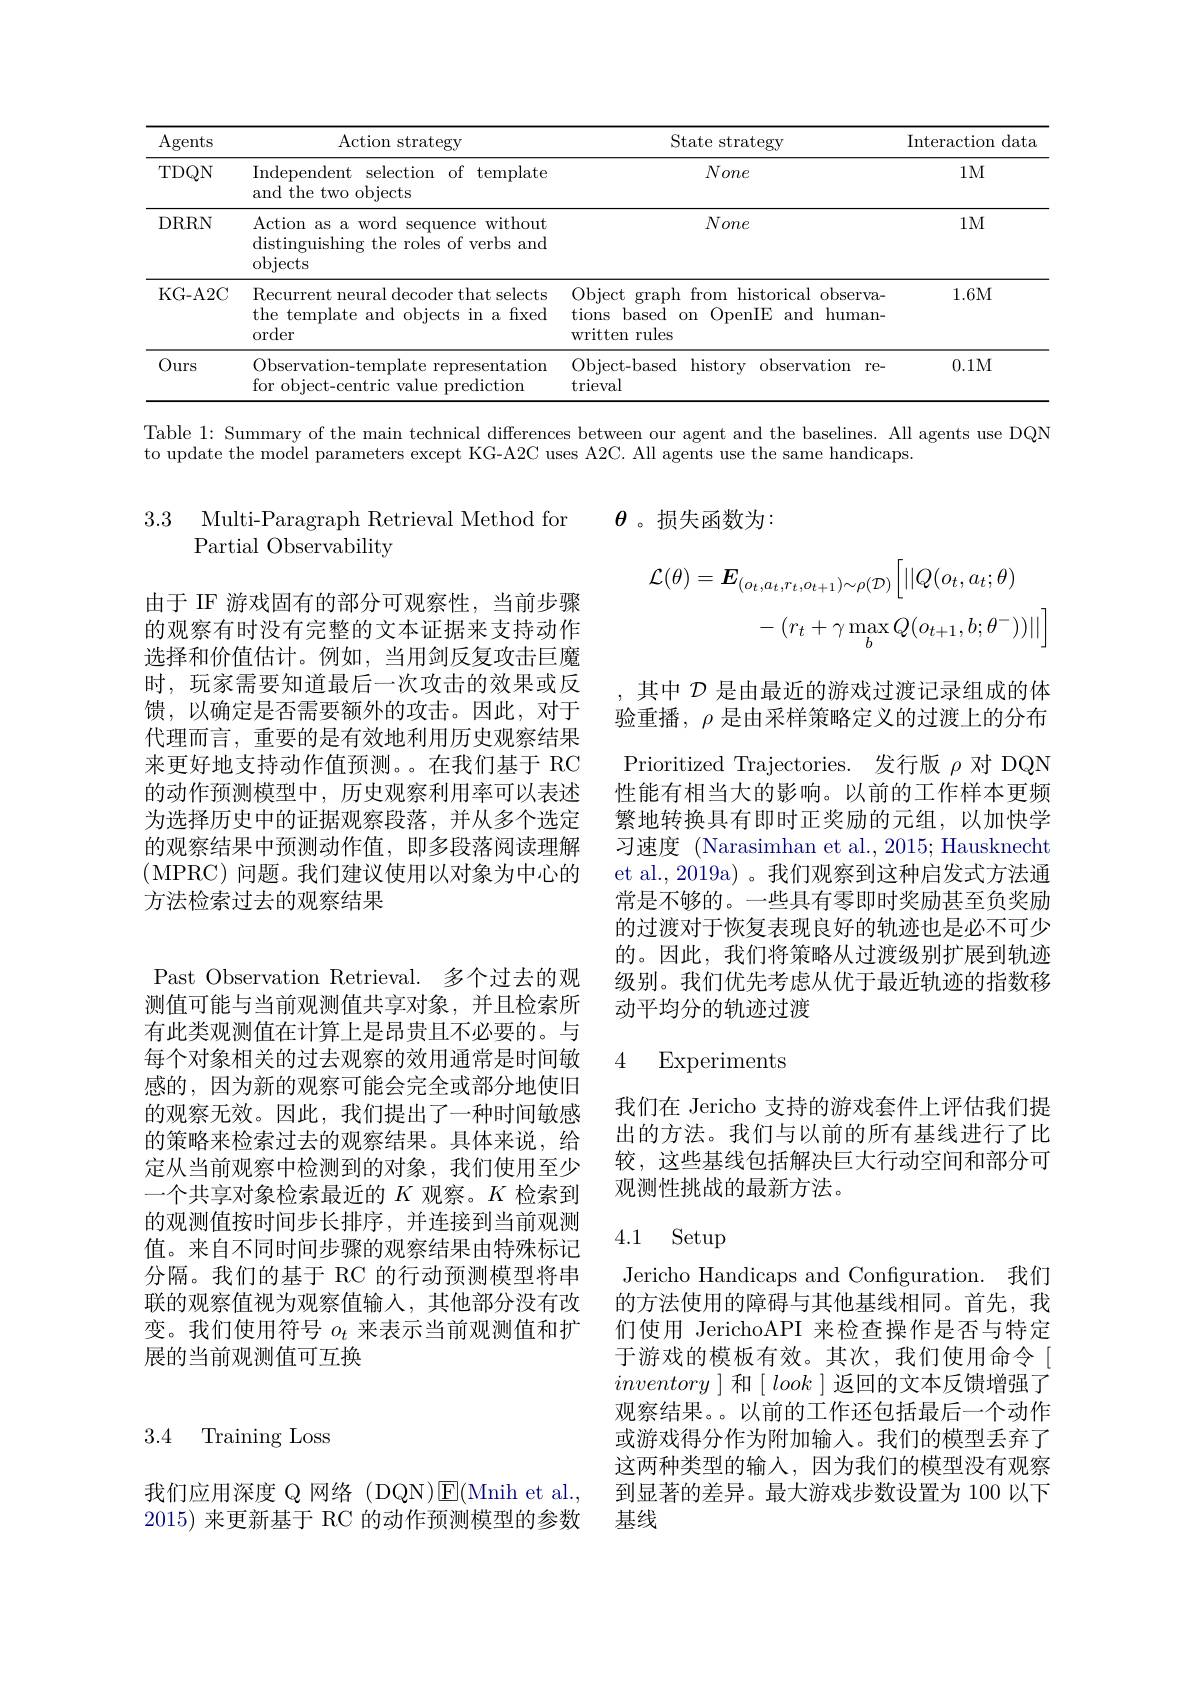
<table>
	<tbody>
		<tr>
			<th>Agents</th>
			<th>Action strategy</th>
			<th>State strategy</th>
			<th>Interaction $\operatorname{dat}\varepsilon$</th>
		</tr>
		<tr>
			<td>TDQN</td>
			<td>Independent selection of template and the two objects</td>
			<td>None</td>
			<td>$1M$</td>
		</tr>
		<tr>
			<td>DRRN</td>
			<td>Action as a word sequence without distinguishing the roles of verbs and $\operatorname{objects}$</td>
			<td>None</td>
			<td>$1M$</td>
		</tr>
		<tr>
			<td>KG- A2C</td>
			<td>Recurrent neural decoder that selects the template and objects in a fixed order</td>
			<td>Object graph from historical observa- tions based on OpenIE and human- written rules</td>
			<td>1.6M</td>
		</tr>
		<tr>
			<td>$0_{1}$ $)urs$ 1 1 1 1 1</td>
			<td>Observation-template representation for object-centric value prediction</td>
			<td>Object-based history observation re- trieval</td>
			<td>0.1M</td>
		</tr>
	</tbody>
</table>

Table 1: Summary of the main technical differences between our agent and the baselines. All agents use DQN

to update the model parameters except KG-A2C uses A2C. All agents use the same handicaps.

$\theta$。损失函数为：

3.3 Multi-Paragraph Retrieval Method for
Partial Observability
$$\begin{aligned}\mathcal{L}(\theta)&=\boldsymbol{E}_{(o_{t},a_{t},r_{t},o_{t+1})\sim\rho(\mathcal{D})}\bigg[||Q(o_{t},a_{t};\theta)\\&-\left(r_{t}+\gamma\max_{b}Q(o_{t+1},b;\theta^{-}))||\right]\end{aligned}$$
由于 IF 游戏固有的部分可观察性，当前步骤的观察有时没有完整的文本证据来支持动作选择和价值估计。例如，当用剑反复攻击巨魔时，玩家需要知道最后一次攻击的效果或反馈，以确定是否需要额外的攻击。因此，对于代理而言，重要的是有效地利用历史观察结果来更好地支持动作值预测。。在我们基于 RC 的动作预测模型中，历史观察利用率可以表述为选择历史中的证据观察段落，并从多个选定的观察结果中预测动作值，即多段落阅读理解(MPRC) 问题。我们建议使用以对象为中心的方法检索过去的观察结果

,其中$\mathcal{D}$是由最近的游戏过渡记录组成的体验重播，$\rho$是由采样策略定义的过渡上的分布Prioritized Trajectories. 发行版$\rho$对 DQN 性能有相当大的影响。以前的工作样本更频繁地转换具有即时正奖励的元组，以加快学习速度 (Narasimhan et al., 2015; Hausknecht et al., 2019a) 。我们观察到这种启发式方法通常是不够的。一些具有零即时奖励甚至负奖励的过渡对于恢复表现良好的轨迹也是必不可少的。因此，我们将策略从过渡级别扩展到轨迹级别。我们优先考虑从优于最近轨迹的指数移动平均分的轨迹过渡

### 4 Experiments

我们在 Jericho 支持的游戏套件上评估我们提出的方法。我们与以前的所有基线进行了比较，这些基线包括解决巨大行动空间和部分可观测性挑战的最新方法。

Past Observation Retrieval. 多个过去的观测值可能与当前观测值共享对象，并且检索所有此类观测值在计算上是昂贵且不必要的。与每个对象相关的过去观察的效用通常是时间敏感的，因为新的观察可能会完全或部分地使旧的观察无效。因此，我们提出了一种时间敏感的策略来检索过去的观察结果。具体来说，给定从当前观察中检测到的对象，我们使用至少一个共享对象检索最近的$K$观察。$K$检索到的观测值按时间步长排序，并连接到当前观测值。来自不同时间步骤的观察结果由特殊标记分隔。我们的基于 RC 的行动预测模型将串联的观察值视为观察值输入，其他部分没有改变。我们使用符号$o_t$来表示当前观测值和扩展的当前观测值可互换

## 4.1 Setup

Jericho Handicaps and Configuration. 我们的方法使用的障碍与其他基线相同。首先，我们使用 JerichoAPI 来检查操作是否与特定于游戏的模板有效。其次，我们使用命令[ inventory ] 和$[ \textit{look}]$返回的文本反馈增强了观察结果。以前的工作还包括最后一个动作或游戏得分作为附加输入。我们的模型丢弃了这两种类型的输入，因为我们的模型没有观察到显著的差异。最大游戏步数设置为 100 以下基线

3.4 Training Loss

我们应用深度 Q 网络 (DQN)E(Mnih et al., 2015)来更新基于 RC 的动作预测模型的参数